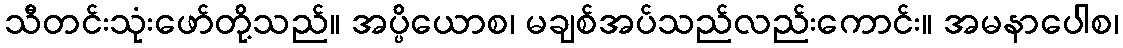
သီတင်းသုံးဖော်တို့သည်။ အပ္ပိယောစ၊ မချစ်အပ်သည်လည်းကောင်း။ အမနာပေါစ၊